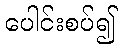
ပေါင်းစပ်၍